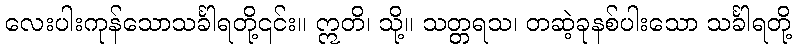
လေးပါးကုန်သောသင်္ခါရတို့၎င်း။ ဣတိ၊ သို့။ သတ္တရသ၊ တဆဲ့ခုနစ်ပါးသော သင်္ခါရတို့